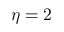
\eta = 2